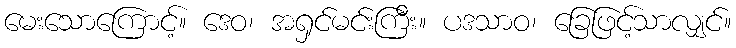
မေးသောကြောင့်။ ဒေဝ၊ အရှင်မင်းကြီး။ ပဒသာဝ၊ ခြေဖြင့်သာလျှင်။